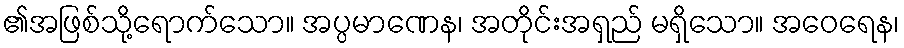
၏အဖြစ်သို့ရောက်သော။ အပ္ပမာဏေန၊ အတိုင်းအရှည် မရှိသော။ အဝေရေန၊